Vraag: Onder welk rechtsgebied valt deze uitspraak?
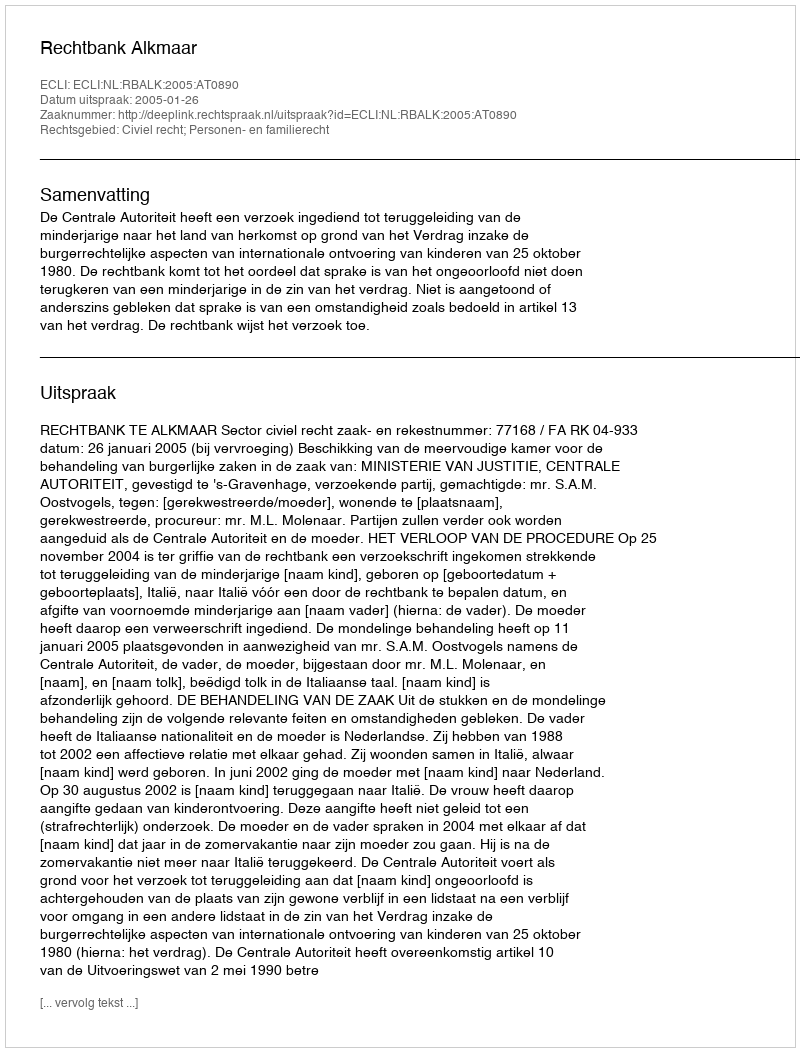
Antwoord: Civiel recht; Personen- en familierecht